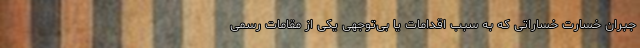
جبران خسارت خساراتی که به سبب اقدامات یا بی‌توجهی یکی از مقامات رسمی